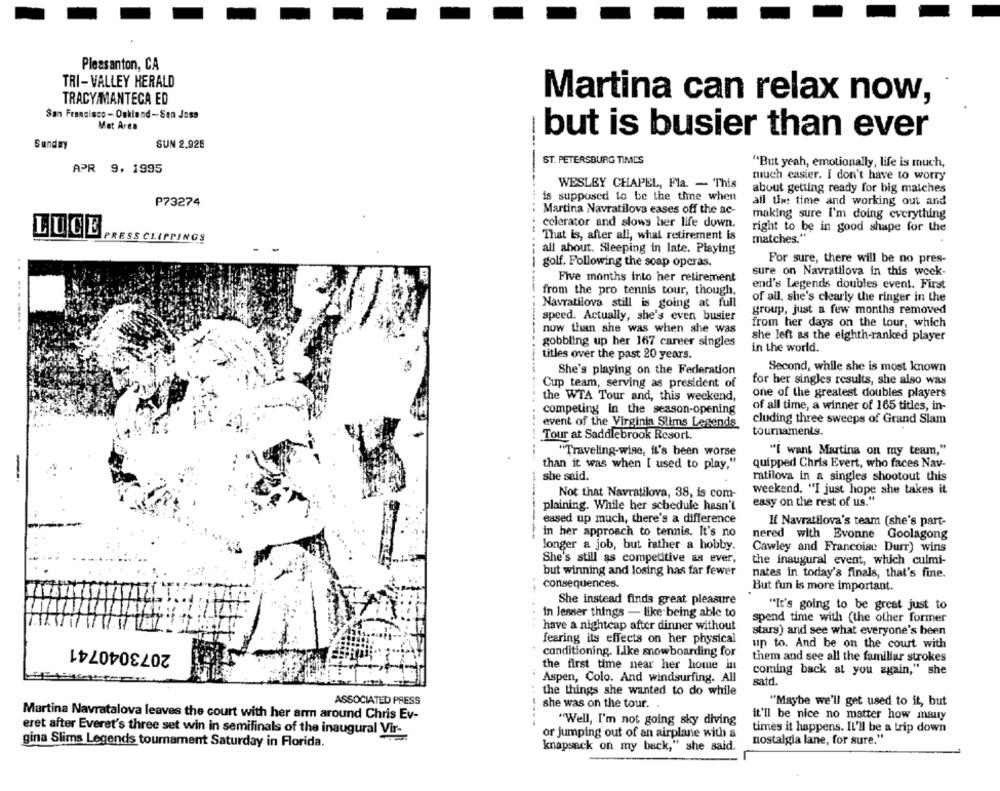
Pleasanton, CA
TRI-VALLEY HERALD
TRACY/MANTECA ED
Martina can relax now,
San Francisco - Oakland-Sen Joss
Mat Area
---
but is busier than ever
Sunday
SUN 2.925
ST. PETERSBURG TIMES
"But yeah, emotionally, life is much,
APR 9. 1995
much easier. I don't have to worry
WESLEY CHAPEL, Fla. - This
about getting ready for big matches
is supposed to be the time when
P73274
all the time and working out and
Martina Navratilova eases off the ac-
making sure I'm doing everything
-
celerator and slows her life down.
right to be in good shape for the
LUCE
PRESS CLIPPINGS
That is, after all, what retirement is
matches."
all about. Sleeping in late. Playing
For sure, there will be no pres-
golf. Following the soap operas.
Five months into her retirement
sure on Navratilova in this week-
end's Legends doubles event. First
--.
from the pro tennis tour, though,
of all. she's clearly the ringer in the
Navratilova still is going at full
speed. Actually, she's even busier
group, just a few months removed
from her days on the tour, which
now than she was when she was
she left as the eighth-ranked player
gobbling up her 167 career singles
in the world.
titles over the past 20 years.
She's playing on the Federation
Second, while she is most known
for her singles results, she also was
Cup team, serving as president of
one of the greatest doubles players
the WTA Tour and, this weekend,
competing In the season-opening
of all time, a winner of 165 titles, in-
cluding three sweeps of Grand Slam
event of the Virginia Slims Legends
Tour at Saddlebrook Resort.
tournaments.
"Traveling-wise, it's been worse
"I want Martina on my team,"
than it was when I used to play,"
quipped Chris Evert, who faces Nav-
she said.
ratilova in a singles shootout this
weekend. "I just hope she takes it
Not that Navratilova, 38, is com-
------
plaining. While her schedule hasn't
easy on the rest of us."
eased up much, there's a difference
If Navratilova's team (she's part-
in her approach to tennis. It's no
nered with Evonne Goolagong
longer a job, but rather a hobby.
Cawley and Francoise Durr) wins
She's still as competitive as ever,
the inaugural event, which culmi-
but winning and losing has far fewer
nates in today's finals, that's fine.
consequences.
But fun is more important.
She instead finds great pleasure
"It's going to be great just to
in lesser things - like being able to
spend time with (the other former
have a nightcap after dinner without
stars) and see what everyone's been
2073040741
fearing its effects on her physical
up to. And be on the court with
conditioning. Like snowboarding for
them and see all the familiar strokes
the first time near her home in
coming back at you again," she
Aspen, Colo. And windsurfing. All
satd.
the things she wanted to do while
ASSOCIATED PRESS
she was on the tour.
"Maybe we'll get used to it, but
Martina Navratalova leaves the court with her arm around Chris Ev-
it'll be nice no matter how many
"Well, I'm not going sky diving
times it happens. It'll be a trip down
eret after Everet's three set win in semifinals of the inaugural Vir-
or jumping out of an airplane with a
gina Slims Legends tournament Saturday in Florida.
nostalgia lane, for sure."
knapsack on my beck," she said.